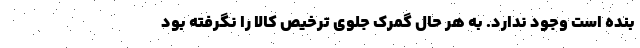
بنده است وجود ندارد. به‌ هر حال گمرک جلوی ترخیص کالا را نگرفته بود